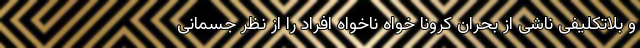
و بلاتکلیفی ناشی از بحران کرونا خواه ناخواه افراد را از نظر جسمانی